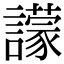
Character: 𧭊